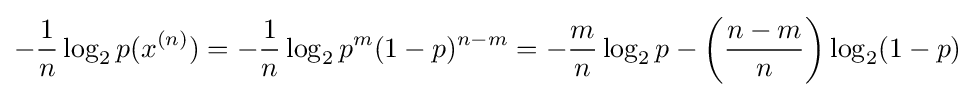
-{\frac {1}{n}}\log _{2}p(x^{(n)})=-{\frac {1}{n}}\log _{2}p^{m}(1-p)^{n-m}=-{\frac {m}{n}}\log _{2}p-\left({\frac {n-m}{n}}\right)\log _{2}(1-p)